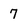
Character: 7